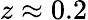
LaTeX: z\approx 0.2